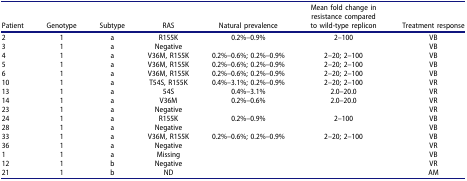
| Patient | Genotype | Subtype | RAS | Natural prevalence | Mean fold change in resistance compared to wild-type replicon | Treatment response |
 | --- | --- | --- | --- | --- | --- | --- |
 | 2 | 1 | a | R155K | 0.2%–0.9% | 2–100 | VB |
 | 3 | 1 | a | Negative |  |  | VB |
 | 4 | 1 | a | V36M, R155K | 0.2%–0.6%; 0.2%–0.9% | 2–20; 2–100 | VB |
 | 5 | 1 | a | V36M, R155K | 0.2%–0.6%; 0.2%–0.9% | 2–20; 2–100 | VB |
 | 6 | 1 | a | V36M, R155K | 0.2%–0.6%; 0.2%–0.9% | 2–20; 2–100 | VB |
 | 10 | 1 | a | T54S, R155K | 0.4%–3.1%; 0.2%–0.9% | 2–20; 2–100 | VR |
 | 13 | 1 | a | 54S | 0.4%–3.1% | 2.0–20.0 | VR |
 | 14 | 1 | a | V36M | 0.2%–0.6% | 2.0–20.0 | VR |
 | 23 | 1 | a | Negative |  |  | VR |
 | 24 | 1 | a | R155K | 0.2%–0.9% | 2–100 | VB |
 | 28 | 1 | a | Negative |  |  | VB |
 | 33 | 1 | a | V36M, R155K | 0.2%–0.6%; 0.2%–0.9% | 2–20; 2–100 | VB |
 | 36 | 1 | a | Negative |  |  | VR |
 | 1 | 1 | a | Missing |  |  | VB |
 | 12 | 1 | b | Negative |  |  | VR |
 | 21 | 1 | b | ND |  |  | AM |